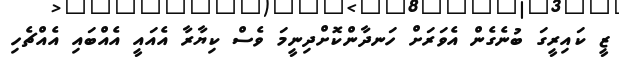
ޒީ ކައިރީގަ ބުނެގެން އެވަރަށް ހަނދާންކޮށްދިނީމަ ވެސް ކިޔާރާ އެއައީ އެއްބައި އެއްޗެހި